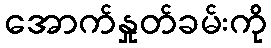
အောက်နှုတ်ခမ်းကို